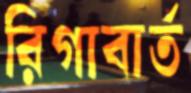
রিগাবার্ত